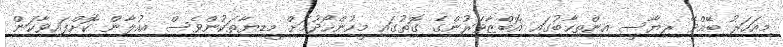
މިއަހަރު ބޭއްވޭ ރިޔާސީ އިންތިހާބުގައި އޮބްޒާވަރުންގެ ގޮތުގައި މީހުންހޯދުމަށް މީޑިޔާތަކުންވެސް އިއުލާން ކޮށްފައިވާކަން